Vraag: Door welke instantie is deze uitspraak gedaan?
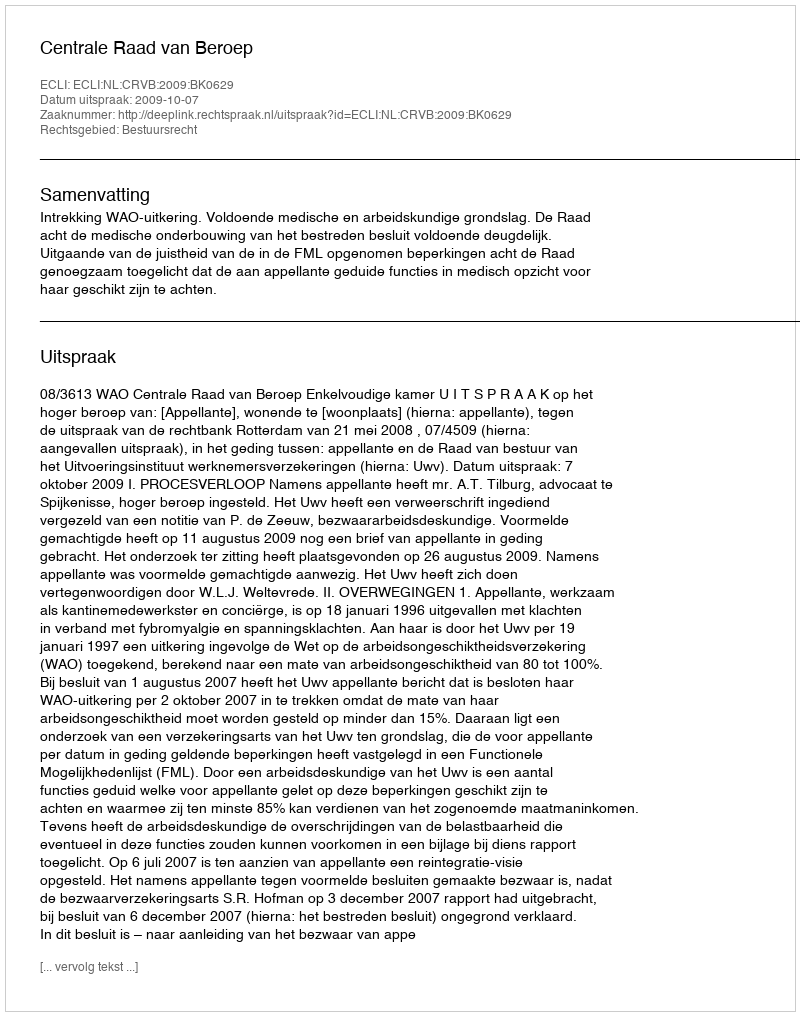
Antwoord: Centrale Raad van Beroep